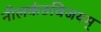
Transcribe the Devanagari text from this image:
नीलकंठविजयम्